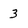
Character: 3